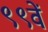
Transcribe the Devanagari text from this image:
९९वें